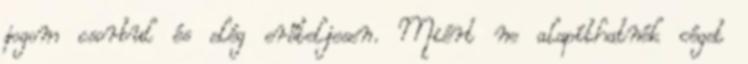
jogom csorbul és elég erőteljesen. Miért ne alapíthatnék céget